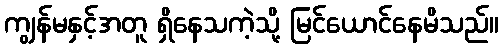
ကျွန်မနှင့်အတူ ရှိနေသကဲ့သို့ မြင်ယောင်နေမိသည်။